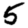
Digit: 5